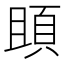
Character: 䪶